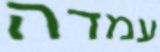
עמדה